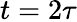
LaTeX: t=2\tau